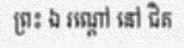
ព្រះ ឯ រណ្តៅ នៅ ជិត